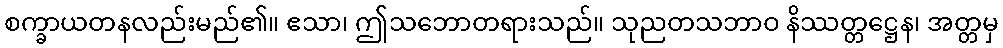
စက္ခာယတနလည်းမည်၏။ ဧသာ၊ ဤသဘောတရားသည်။ သုညတသဘာဝ နိဿတ္တဋ္ဌေန၊ အတ္တမှ